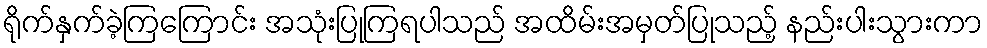
ရိုက်နှက်ခဲ့ကြကြောင်း အသုံးပြုကြရပါသည် အထိမ်းအမှတ်ပြုသည့် နည်းပါးသွားကာ